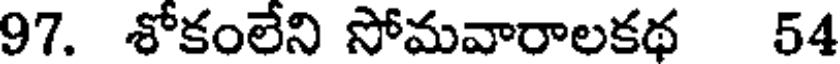
97. శోకంలేని సోమవారాలకథ 54